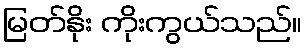
မြတ်နိုး ကိုးကွယ်သည်။